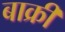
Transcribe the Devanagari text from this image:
बाक्री